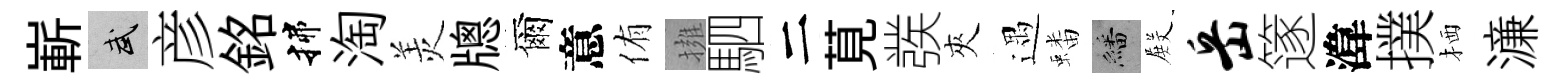
嶄武彦銘揲淘羙牕爾意侑擁駟二莧彂夾遇蟠繙𭮺岳篴湋撲栖濓